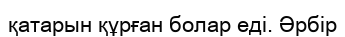
қатарын құрған болар еді. Әрбір